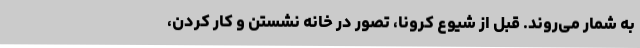
به شمار می‌روند. قبل از شیوع کرونا، تصور در خانه نشستن و کار کردن،